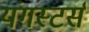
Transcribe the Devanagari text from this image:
यंगस्टर्स